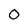
Character: 0